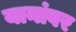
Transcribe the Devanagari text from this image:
यानांवर